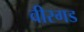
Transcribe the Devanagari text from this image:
वीरगड